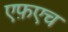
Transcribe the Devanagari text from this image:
एफ़एच